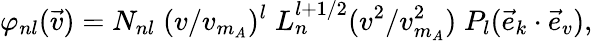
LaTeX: \varphi_{nl}(\vec{v})=N_{nl}\; (v/v_{m_{A}})^{l}\; L_{n}^{l+1/2}(v^{2}/v_{m_{A}}^{2})\; P_{l}(\vec{e}_{k}\cdot\vec{e}_{v}),